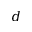
d